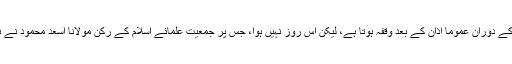
نامہ نگار کے مطابق اجلاس کے دوران عموماً اذان کے بعد وقفہ ہوتا ہے، لیکن اُس روز نہیں ہوا، جس پر جمعیت علمائے اسلام کے رکن مولانا اسعد محمود نے نماز کی امامت شروع کر دی۔